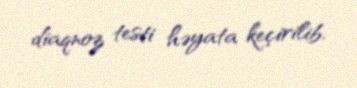
diaqnoz testi həyata keçirilib.